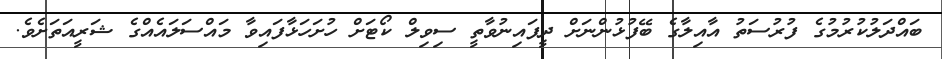
ބައްދަލުކުރުމުގެ ފުރުސަތު އާއިލާގެ ބޭފުޅުންނަށް ދީފައިނުވާތީ ސިވިލް ކޯޓަށް ހުށަހަޅާފައިވާ މައްސަލައެއްގެ ޝަރީއަތަށެވެ.